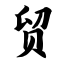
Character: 贸